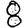
Digit: 8